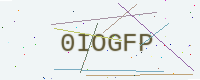
Text: 0IOGFP